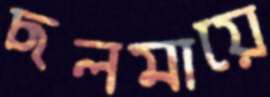
ছলমায়ে